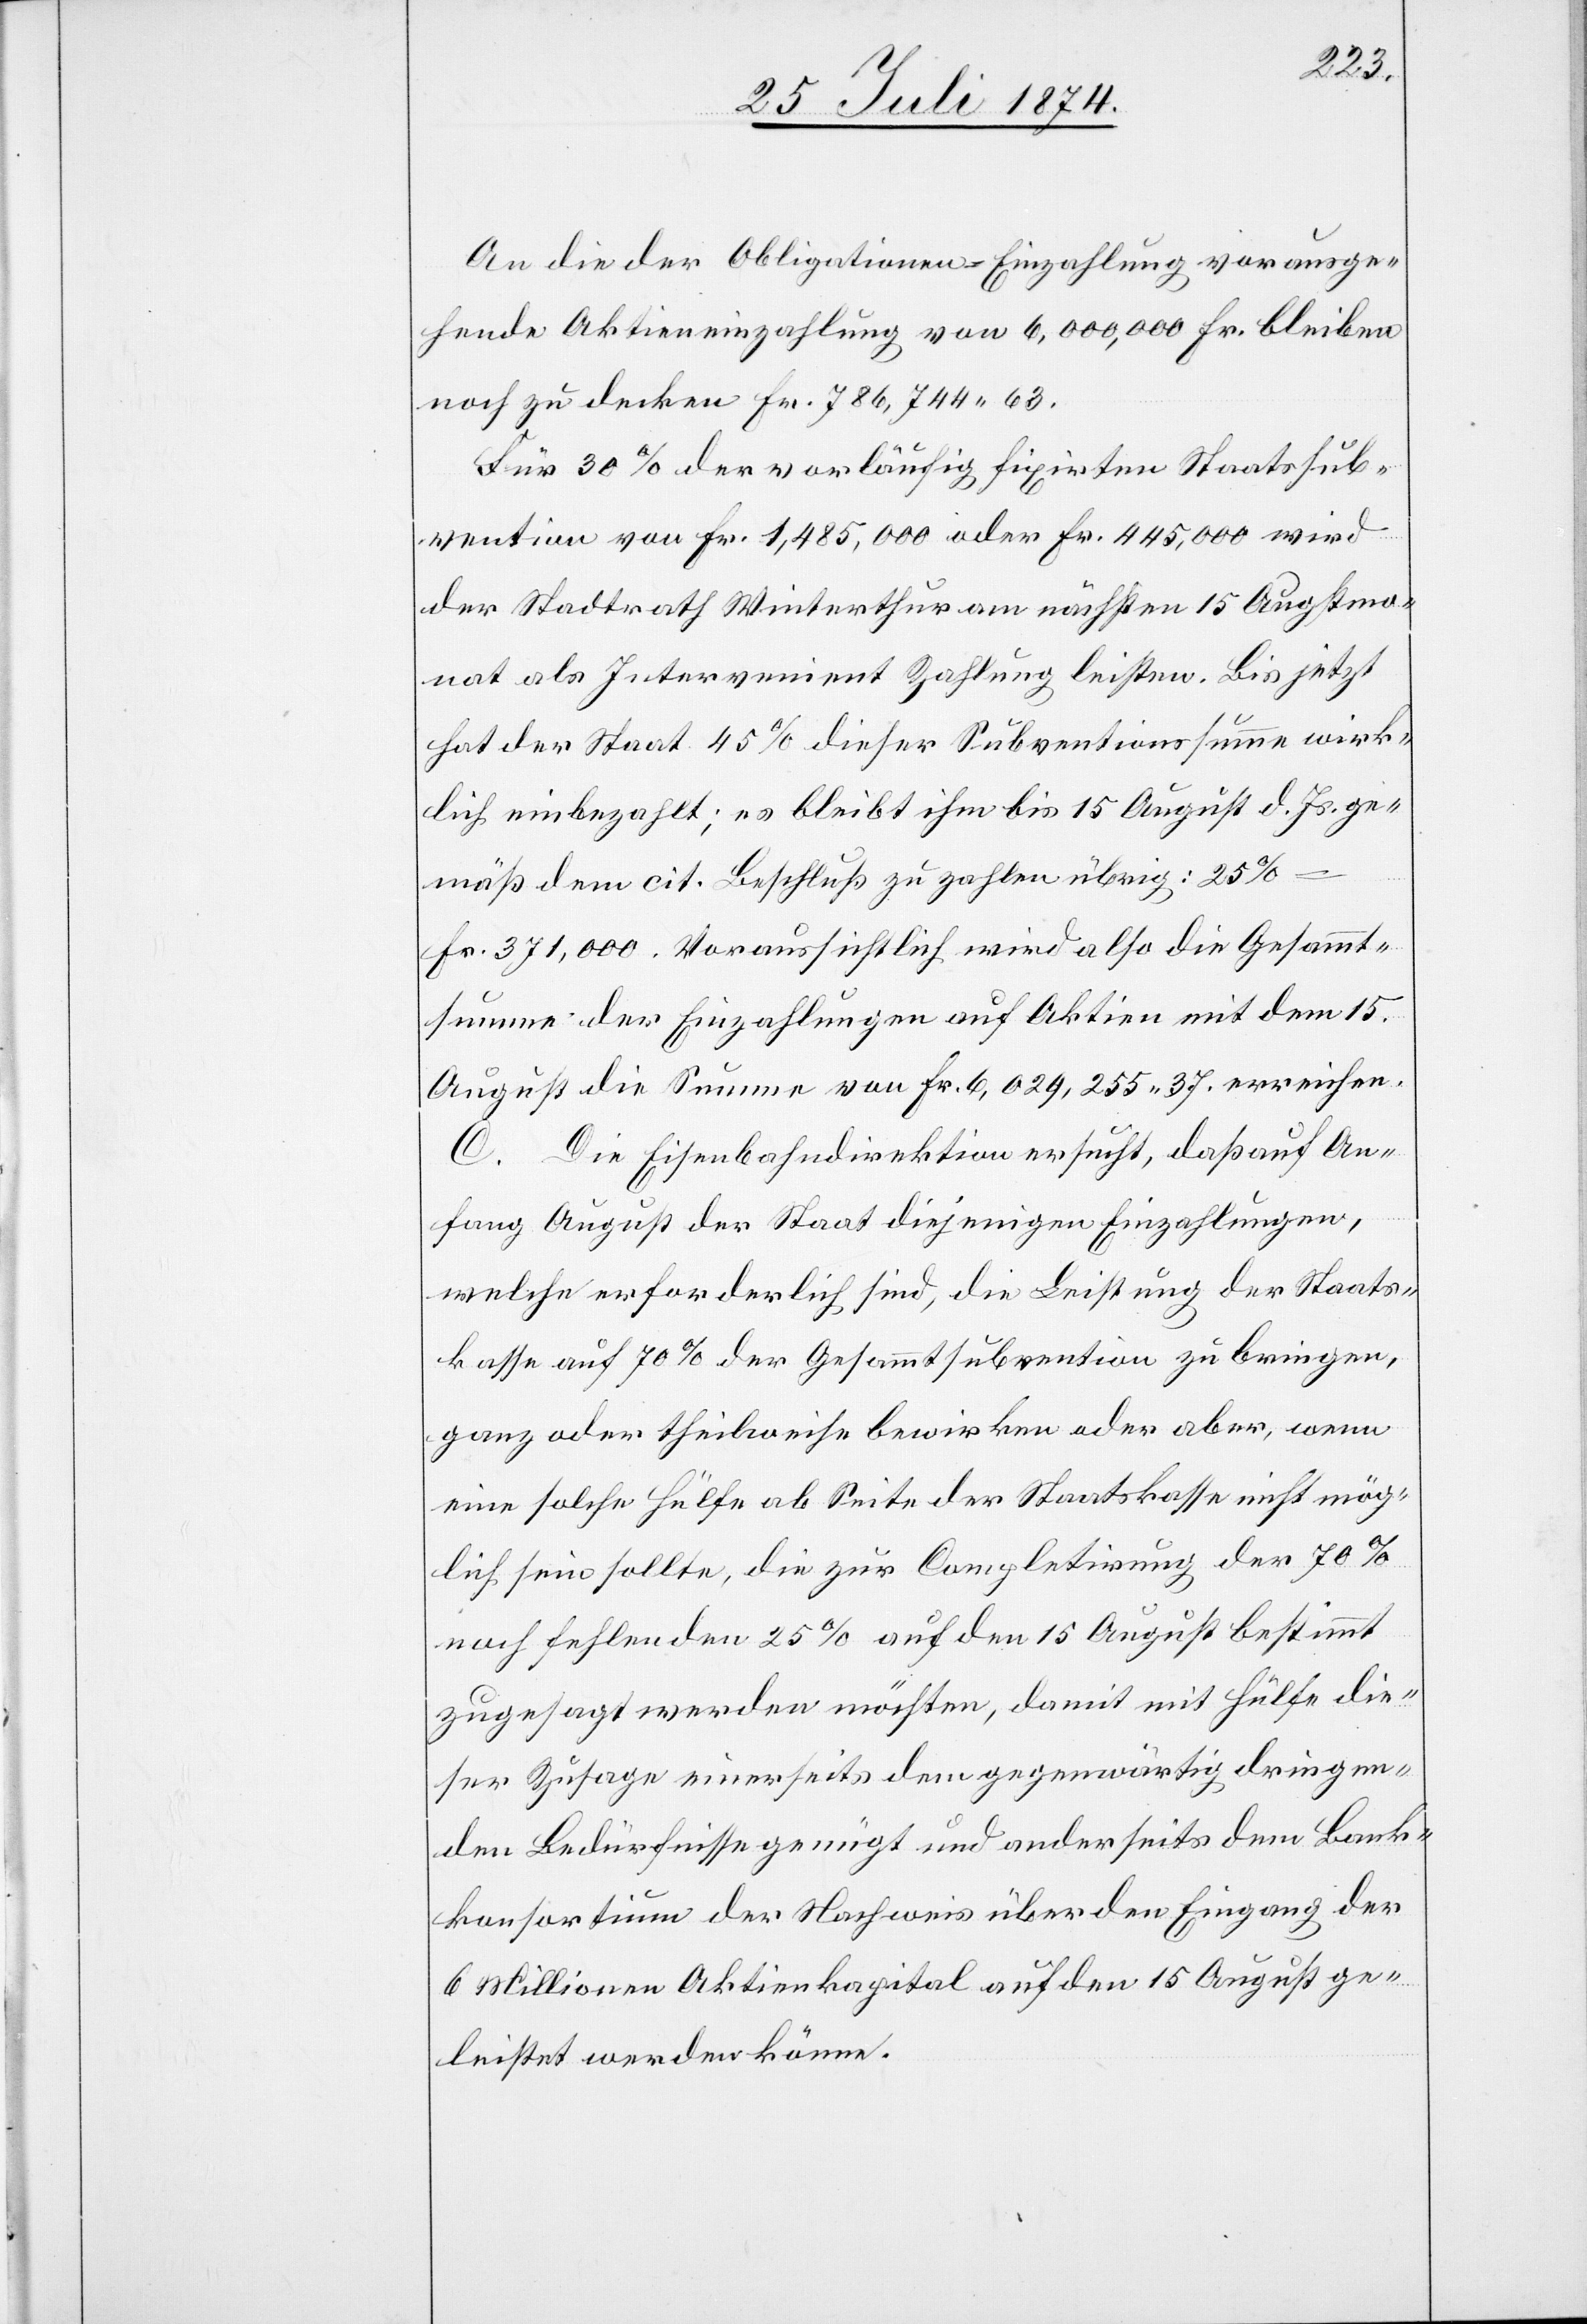
An die der Obligationen-Einzahlung vorausge¬
hende Aktieneinzahlung von 6,000,000 Fr. bleiben
noch zu decken Fr. 786,744.63.
Für 30% der vorläufig fixirten Staatssub¬
vention von Fr. 1,485,000 oder Fr. 445,000 wird
der Stadtrath Winterthur am nächsten 15. Augstmo¬
nat als Intervenient Zahlung leisten. Bis jetzt
hat der Staat 45% dieser Subventionssumme wirk¬
lich einbezahlt; es bleibt ihm bis 15. August d. Js. ge¬
mäß dem cit. Beschluß zu zahlen übrig: 25%
Fr. 371,000. Voraussichtlich wird also die Gesammt¬
summe der Einzahlungen auf Aktien mit dem 15.
August die Summe von Fr. 6,029,255.37. erreichen.
C. Die Eisenbahndirektion ersucht, daß auf An¬
fang August der Staat diejenigen Einzahlungen,
welche erforderlich sind, die Leistung der Staats¬
kasse auf 70% der Gesammtsubvention zu bringen,
ganz oder theilweise bewirken oder aber, wenn
eine solche Hälfte ab Seite der Staatskasse nicht mög¬
lich sein sollte, die zur Completirung der 70%
noch fehlenden 25% auf den 15. August bestimmt
zugesagt werden möchten, damit mit Hälfte die¬
ser Zusage einerseits dem gegenwärtig dringen¬
den Bedürfnisse genügt und anderseits dem Bank¬
konsortium der Nachweis über den Eingang der
6 Millionen Aktienkapital auf den 15. August ge¬
leistet werden könne.